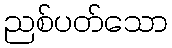
ညစ်ပတ်သော